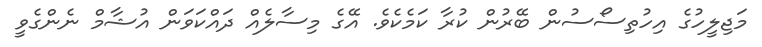
މަޖިލީހުގެ އިހުތިސޯސުން ބޭރުން ކުރާ ކަމެކެވެ. އޭގެ މިސާލެއް ދައްކަވަން އުޝާމް ނެންގެވީ